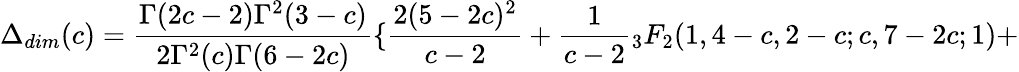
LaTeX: \Delta_{dim}(c)=\frac{\Gamma(2c-2)\Gamma^{2}(3-c)}{2\Gamma^{2}(c)\Gamma(6-2c)}\{ \frac{2(5-2c)^{2}}{c-2}+\frac{1}{c-2}{}_{3}F_{2}(1,4-c,2-c;c,7-2c;1)+